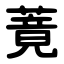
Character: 䔔